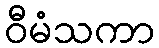
ဝီမံသကာ